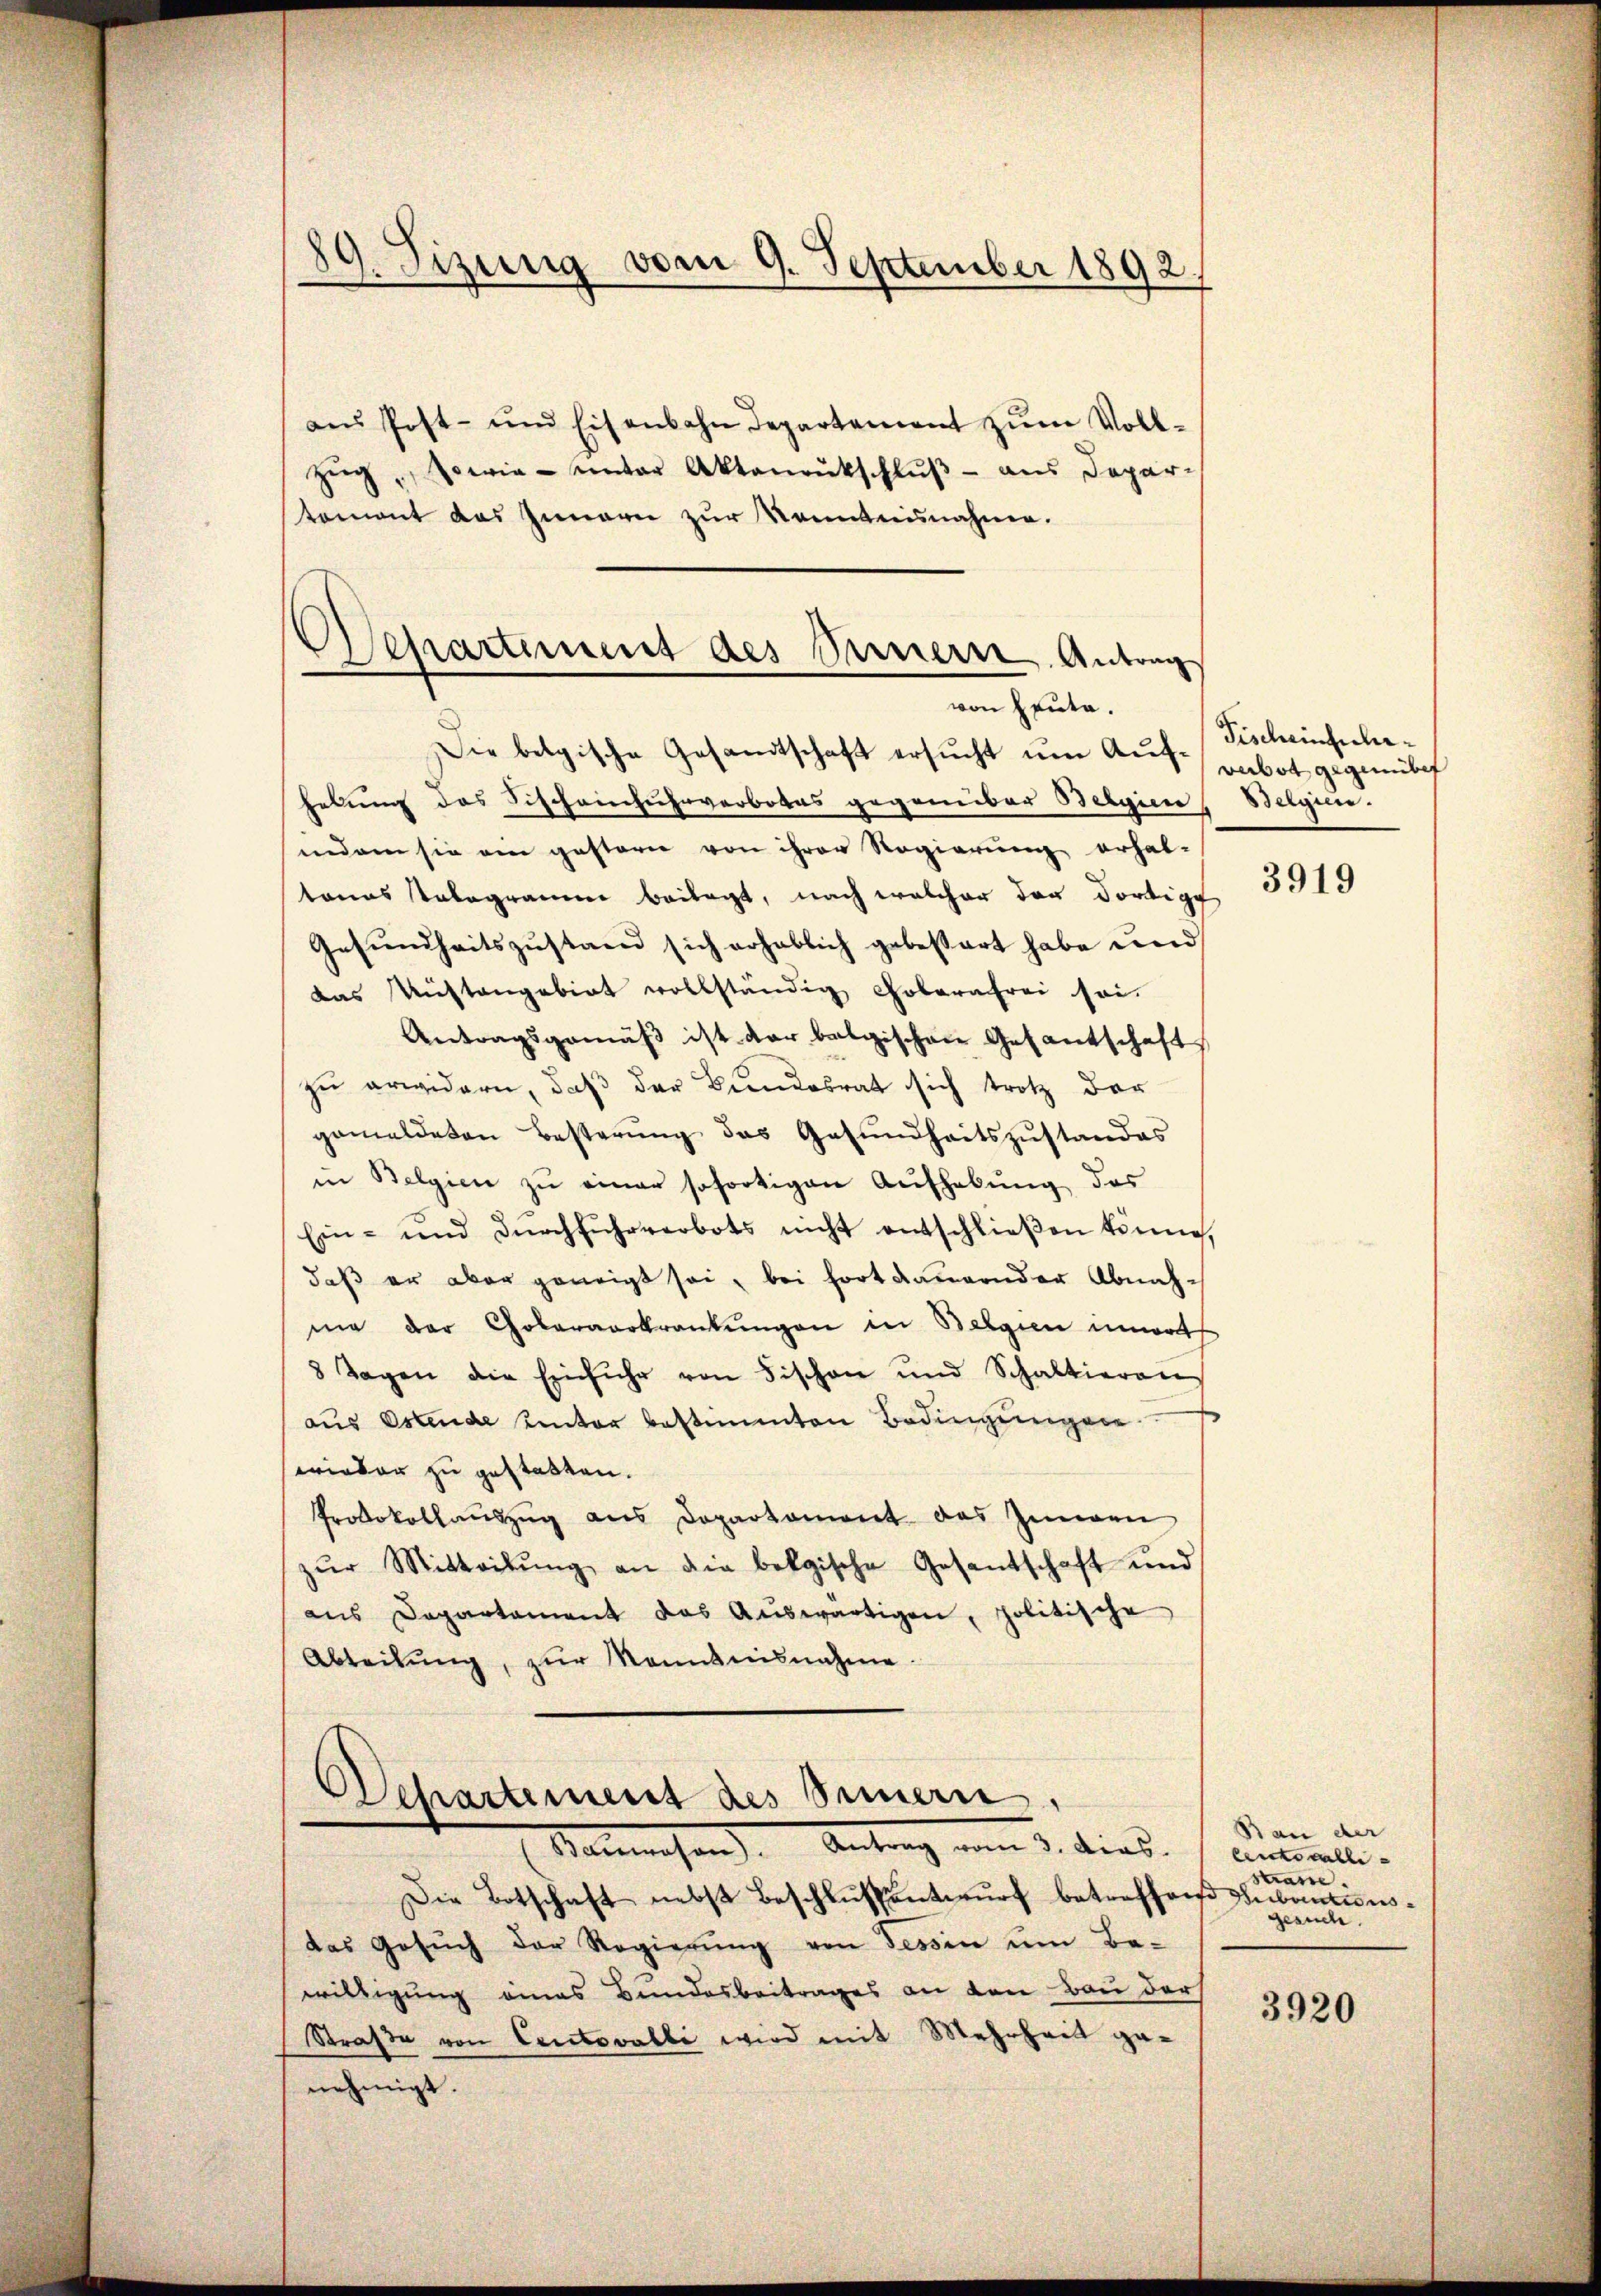
0
2. Tizung vom 9. September 1892.

ans Post- und Eisenbahn Departement zŭm Voll-
Zŭg, sowie unter Aktenrutschlŭβ - aus Depar-
tement das Innern zur Kenntnisnahme.

Departement des Seinern Antrag
.
von Heute.

Departement des Innern.
Semessen. Antrag von 5. dies

Die belgische Gesandtschaft ersucht um Aus-vabot gegenübe
hebung des Fischeinfuhrverbotes gegenüber Belgien (Belgier
indern sie ein gestern von ihrer Regierung erhal-
kanns ologramm beilagt, nach welcher der dortige
Gesundheitszustand sich erheblich gebessert habe und
das Mistangebiet vollständig Gobarafrei sei.
Antragsgemäβ ist der belgischen Gesantschaft
zu erwidern, daß der Bundesrat sich trotz der
gemeldeten Besterŭng des Gesŭndheitszŭstandes
in Belgien zŭ einer sofortigen Aufhebung des
Ein- und dŭrchführverbots nicht entschlieβen könne,
daß er aber geneigt sei, bei fortdauernder Abnahmia der Coleraarkrankŭngen in Belgien innerts
8 Tagen die Einführ von Fischon und Schaltieren
aŭs Ostende unter bestimmten Bedingŭngen.
orieder zu gestatten.
Protokollaŭszŭg ans Dopartament das Zigen
zŭr Mitteilŭng an die bekgische Gesantschaft und
aus Departament das Aŭswärtigen, politische
Abteilŭng, zŭr Kenntnisnahme.

Die Botschaft nebst Beschlußantwurf betreffend Inbautionsdas Gesŭch der Regierŭng von Tessin ŭm Be-
willigung eines Bundesbeitrages an den Bau der
Straße von Centovalle wird mit Mehrheit genehmigt.

Fischeinscha¬

3919

Bau der
lenkowalli-
Strasse
gesuch.

3920